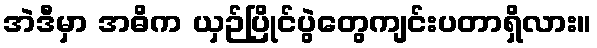
အဲဒီမှာ အဓိက ယှဉ်ပြိုင်ပွဲတွေကျင်းပတာရှိလား။